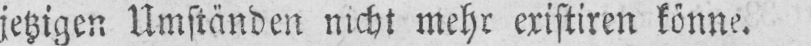
jetzigen Umständen nicht mehr existiren könne.